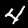
Digit: 4